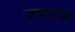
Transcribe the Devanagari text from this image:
ज़यनाब